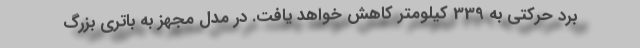
برد حرکتی به 339 کیلومتر کاهش خواهد یافت. در مدل مجهز به باتری بزرگ